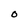
Character: O